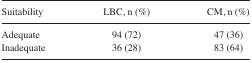
| Suitability | LBC, n (%) | CM, n (%) |
 | --- | --- | --- |
 | Adequate | 94 (72) | 47 (36) |
 | Inadequate | 36 (28) | 83 (64) |